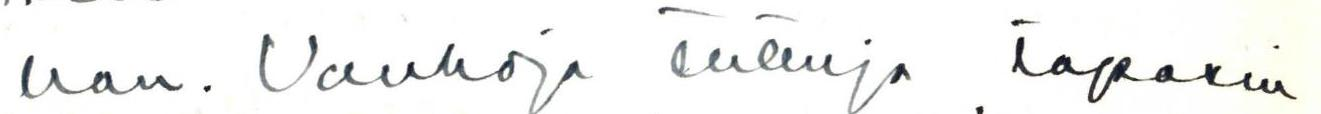
han. Vanhoja tuttuja tapasin